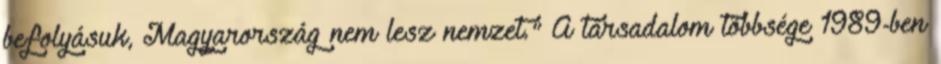
befolyásuk, Magyarország nem lesz nemzet." A társadalom többsége 1989-ben